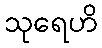
သုရေဟိ